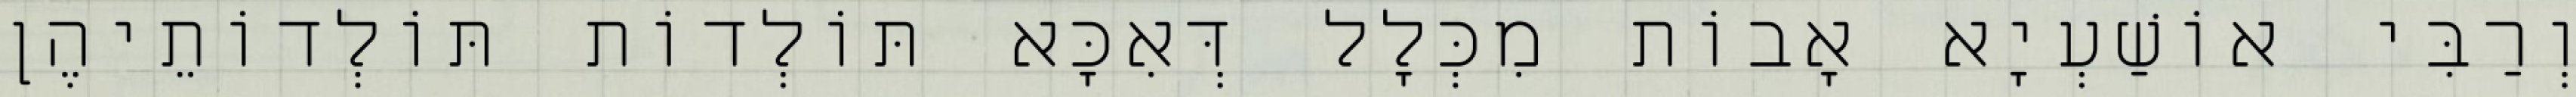
וְרַבִּי אוֹשַׁעְיָא אָבוֹת מִכְּלָל דְּאִכָּא תּוֹלְדוֹת תּוֹלְדוֹתֵיהֶן